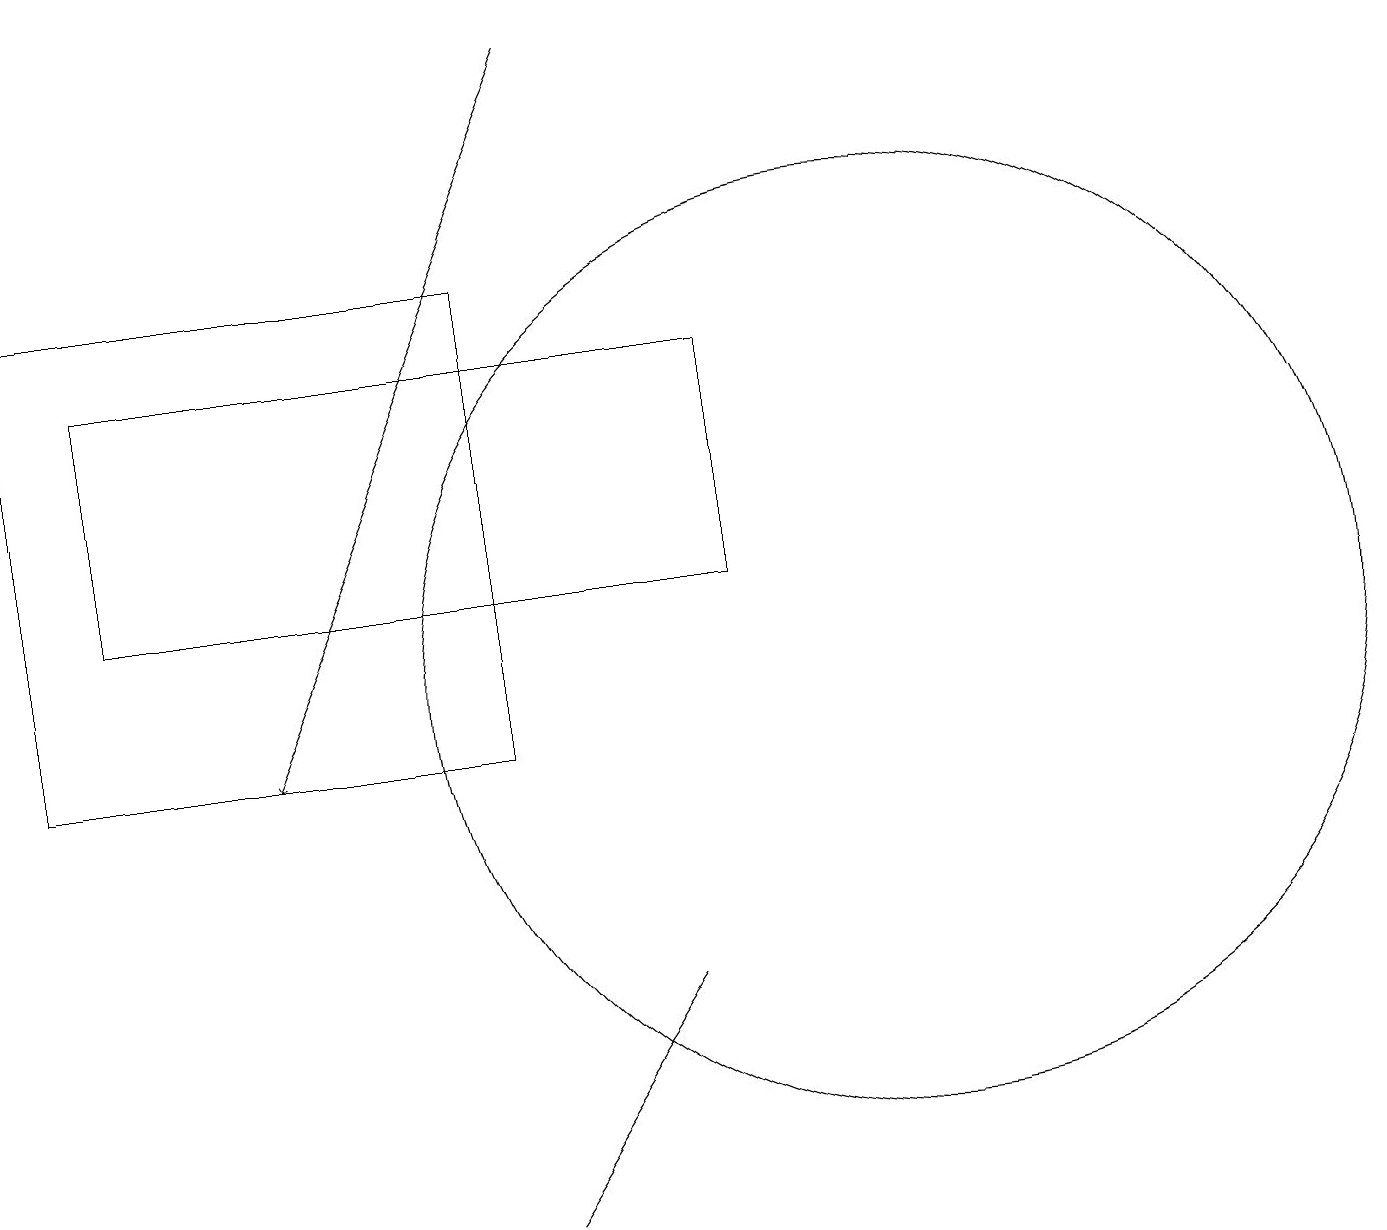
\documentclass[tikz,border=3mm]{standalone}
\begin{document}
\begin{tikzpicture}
\draw (11,11) circle (6);
\draw[->] (7,19) -- (3,10);
\draw (6,10) rectangle (0,16);
\draw (8,7) -- (6,4) -- (6,4) -- cycle;
\draw (9,12) rectangle (1,15);
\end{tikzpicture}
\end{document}